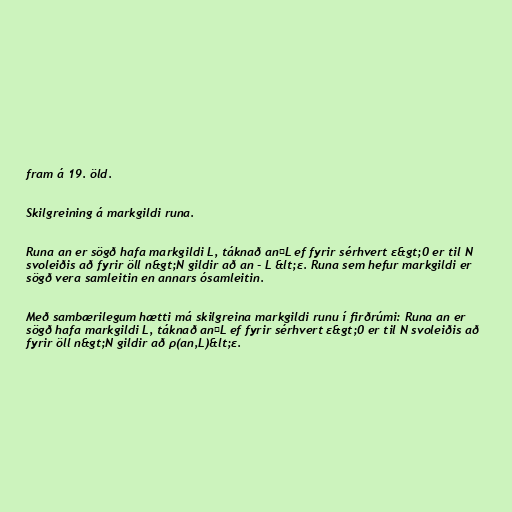
fram á 19. öld.

Skilgreining á markgildi runa.

Runa an er sögð hafa markgildi L, táknað an→L ef fyrir sérhvert ε&gt;0 er til N
svoleiðis að fyrir öll n&gt;N gildir að an - L &lt;ε. Runa sem hefur markgildi er
sögð vera samleitin en annars ósamleitin.

Með sambærilegum hætti má skilgreina markgildi runu í firðrúmi: Runa an er
sögð hafa markgildi L, táknað an→L ef fyrir sérhvert ε&gt;0 er til N svoleiðis að
fyrir öll n&gt;N gildir að ρ(an,L)&lt;ε.